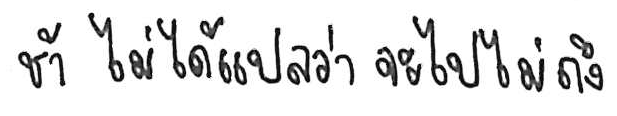
ช้า ไม่ได้แปลว่า จะไปไม่ถึง